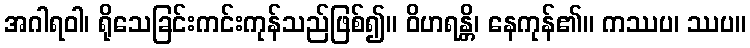
အဂါရဝါ၊ ရိုသေခြင်းကင်းကုန်သည်ဖြစ်၍။ ဝိဟရန္တိ၊ နေကုန်၏။ ကဿပ၊ ဿပ။